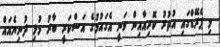
މި ޕެރޭޑްގައި އުތުރު ކޮރިއާއިން ވަނީ އެގައުމުގެ އަސްކަރީ ބާރު މުޅި ދުނިޔެއައް